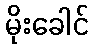
မိုးခေါင်